Statistical return of the lunatic asylum in Assam - 1912-1932
Year: 1912
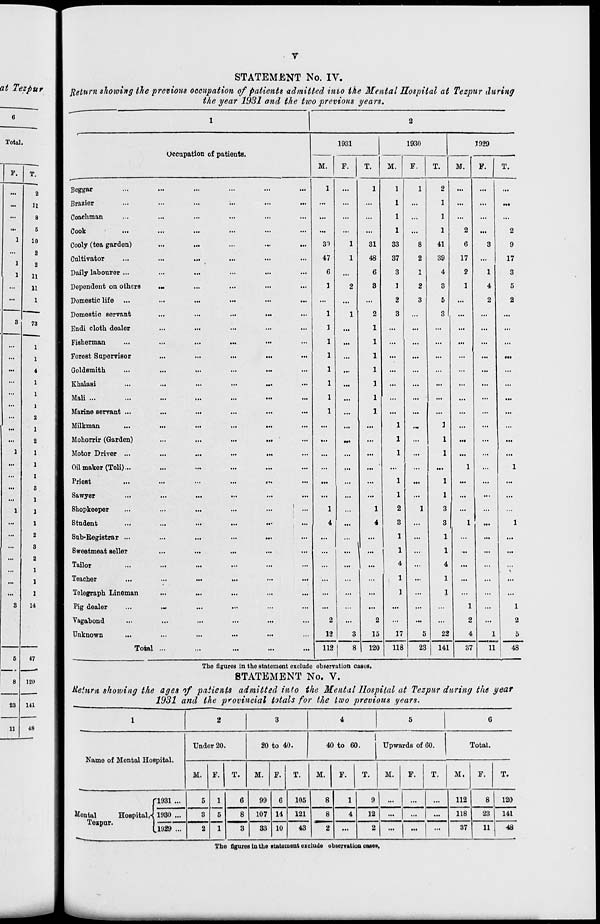
at Tezpur
Total.
F.
T.
...
2
...
11
...
8
...
6
1
iO
...
2
1
2
1
11
...
11
...
1
3
73
...
1
...
1
...
4
...
1
...
1
...
i
...
2
...
1
-
2
1
1
...
1
...
t
...
3
...
1
1
1
...
1
...
2
...
3
...
2
...
1
...
1
...
1
3
14
5
47
*
8
120
■
23
111
11
48
STATEMENT No. IV.
Return showing the previous occupation of patients admitted into the Mental Hospital at Tezpur during
the year 1931 and the tioo previous years.
Occupation of patients.
Beggar
Brazier
Coachman
Cook
Cooly (tea garden)
Cultivator
Daily labourer ...
Dependent on others
Domestic life
Domestic servant
Endi cloth dealer
Fisherman
Forest Supervisor
Goldsmith
Ehalasi
Mali ...
Marine servant ...
Milkman
Mohorrir (Garden)
Motor Driver ...
Oil maker (Teli)...
Priest
Sawyer
Shopkeeper
Student
Sub-Registrar ...
Sweetmeat seller
Tailor
Teacher
Telegraph Lineman
Pig dealer
Vagabond
Unknown
Total
1931
M.
F.
3')
47
6
1
1
1
1
1
1
1
1
1
2
12
112
8
31
48
6
3
2
1
1
1
1
1
1
1
2
15
120
1930
M.
F.
T.
1929
M.
F.
1
1
1
1
33
37
3
1
2
3
17
2
1
1
1
41
39
4
3
5
3
118
23
22
141
37
T.
...
2
...
6
T7
3
XI
2
1
1
4
••
2
••
...
2
9
17
3
5
2
1
2
5
11
48
The figures in the statement oxclude observation cases.
STATEMENT No. V.
ileinm shoiving the ages of patients admitted info the Mental Hospital at Tezpur during the year
1931 and the provincial totals for the two previous years.
1
2
3
4
5
6
Name of Mental Hospital.
Under 20.
20 to 40.
40 to 60.
Upwards of 60.
Total.
M. F.
T.
M. F.
T.
M.
F.
T.
M.
F.
T.
M.
F.
T.
f 1931 ...
5
1
5
1
6
99
6
105
8
1
9 1 ... ... ... 112
8
120
Mental
Hospital^ 1930 ...
3
8
107 14
121
8
4
12
...
...
...
118
23
141
(.1929 ...
2
3
33 10
43
...
2
...
...
...
37
11
48
The figures in the atatement exclude observation eases.